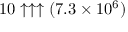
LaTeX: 1 0 \uparrow \uparrow \uparrow ( 7 . 3 \times 1 0 ^ { 6 } )